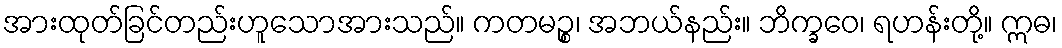
အားထုတ်ခြင်တည်းဟူသောအားသည်။ ကတမဉ္စ၊ အဘယ်နည်း။ ဘိက္ခဝေ၊ ရဟန်းတို့။ ဣဓ၊